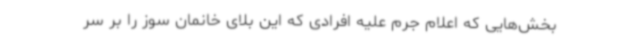
بخش‌هایی که اعلام جرم علیه افرادی که این بلای خانمان سوز را بر سر